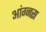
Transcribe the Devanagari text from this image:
आंग्नस